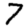
Digit: 7